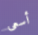
أسعى